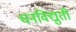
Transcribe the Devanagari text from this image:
धनविद्युती